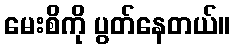
မေးစိကို ပွတ်နေတယ်။